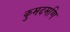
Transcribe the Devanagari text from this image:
कुमदमणि